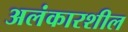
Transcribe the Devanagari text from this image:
अलंकारशील